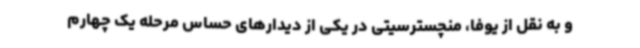
و به نقل از یوفا، منچسترسیتی در یکی از دیدارهای حساس مرحله یک چهارم